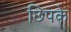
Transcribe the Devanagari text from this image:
छिपके